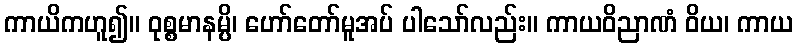
ကာယိကဟူ၍။ ဝုစ္စမာနမ္ပိ၊ ဟော်တော်မူအပ် ပါသော်လည်း။ ကာယဝိညာဏံ ဝိယ၊ ကာယ